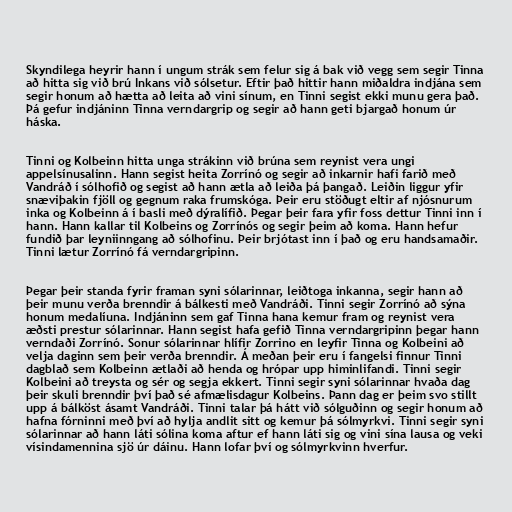
Skyndilega heyrir hann í ungum strák sem felur sig á bak við vegg sem segir Tinna
að hitta sig við brú Inkans við sólsetur. Eftir það hittir hann miðaldra indjána sem
segir honum að hætta að leita að vini sínum, en Tinni segist ekki munu gera það.
Þá gefur indjáninn Tinna verndargrip og segir að hann geti bjargað honum úr
háska.

Tinni og Kolbeinn hitta unga strákinn við brúna sem reynist vera ungi
appelsínusalinn. Hann segist heita Zorrínó og segir að inkarnir hafi farið með
Vandráð í sólhofið og segist að hann ætla að leiða þá þangað. Leiðin liggur yfir
snæviþakin fjöll og gegnum raka frumskóga. Þeir eru stöðugt eltir af njósnurum
inka og Kolbeinn á í basli með dýralífið. Þegar þeir fara yfir foss dettur Tinni inn í
hann. Hann kallar til Kolbeins og Zorrínós og segir þeim að koma. Hann hefur
fundið þar leyniinngang að sólhofinu. Þeir brjótast inn í það og eru handsamaðir.
Tinni lætur Zorrínó fá verndargripinn.

Þegar þeir standa fyrir framan syni sólarinnar, leiðtoga inkanna, segir hann að
þeir munu verða brenndir á bálkesti með Vandráði. Tinni segir Zorrínó að sýna
honum medalíuna. Indjáninn sem gaf Tinna hana kemur fram og reynist vera
æðsti prestur sólarinnar. Hann segist hafa gefið Tinna verndargripinn þegar hann
verndaði Zorrínó. Sonur sólarinnar hlífir Zorrino en leyfir Tinna og Kolbeini að
velja daginn sem þeir verða brenndir. Á meðan þeir eru í fangelsi finnur Tinni
dagblað sem Kolbeinn ætlaði að henda og hrópar upp himinlifandi. Tinni segir
Kolbeini að treysta og sér og segja ekkert. Tinni segir syni sólarinnar hvaða dag
þeir skuli brenndir því það sé afmælisdagur Kolbeins. Þann dag er þeim svo stillt
upp á bálköst ásamt Vandráði. Tinni talar þá hátt við sólguðinn og segir honum að
hafna fórninni með því að hylja andlit sitt og kemur þá sólmyrkvi. Tinni segir syni
sólarinnar að hann láti sólina koma aftur ef hann láti sig og vini sína lausa og veki
vísindamennina sjö úr dáinu. Hann lofar því og sólmyrkvinn hverfur.